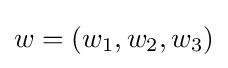
w=(w_{1},w_{2},w_{3})